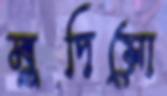
মুদিয়ো